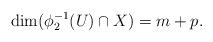
LaTeX: \begin{align*}\dim ( \phi_2 ^{-1}(U) \cap X ) = m+p.\end{align*}